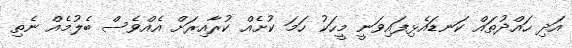
އަދި ހައްދުތައް ކަނޑައެޅިފައިވަނީ މީހަކު ހަމަ ކުށެއް ކުރާއިރަށް އެއްވެސް ބެލުމެއް ނެތި